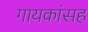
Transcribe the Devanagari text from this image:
गायकांसह